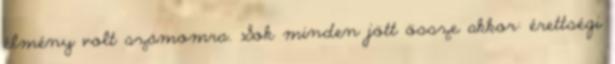
élmény volt számomra. Sok minden jött össze akkor: érettségi